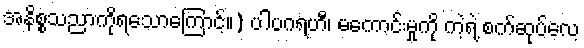
အနိစ္စသညာကိုရသောကြောင့်။) ပါပဂရဟီ၊ မကောင်းမှုကို ကဲ့ရဲ့ စက်ဆုပ်လေ့